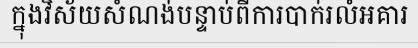
ក្នុងវិស័យសំណង់បន្ទាប់ពីការបាក់រលំអគារ